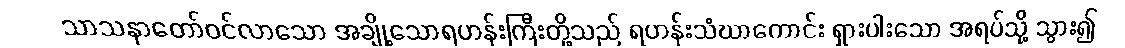
သာသနာတော်ဝင်လာသော အချို့သောရဟန်းကြီးတို့သည် ရဟန်းသံဃာကောင်း ရှားပါးသော အရပ်သို့ သွား၍